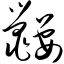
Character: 鼹